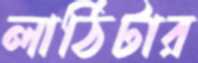
লাঠিটার